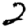
Digit: 2